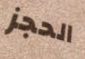
الحجز